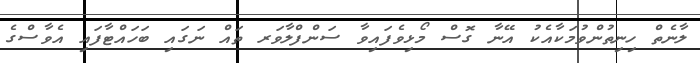
ލާނެތް ހިނިތުންވުމަކާއެކު އޭނާ ގޮސް މޯޅިވެފައިވާ ސަންފްލާވަރ ތައް ނަގައި ބަހައްޓާފައި އެވާސްގެ